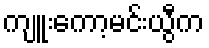
ကျူးကော့မင်းယွီက